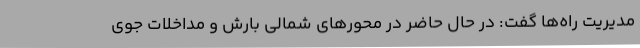
مدیریت راه‌ها گفت: در حال حاضر در محورهای شمالی بارش و مداخلات جوی